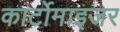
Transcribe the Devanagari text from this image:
कार्टोमाइजर